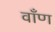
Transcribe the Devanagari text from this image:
वाँण